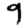
Digit: 9